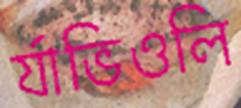
র‍্যাভিওলি